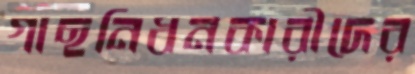
গাছনিধনকারীদের